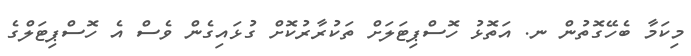
މިކަމާ ބެހޭގޮތުން ނ. އަތޮޅު ހޮސްޕިޓަލަށް ތަކުރާރުކޮށް ގުޅައިގެން ވެސް އެ ހޮސްޕިޓަލްގެ